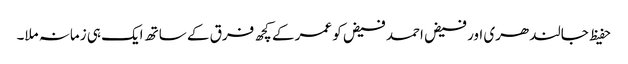
حفیظ جالندھری اور فیض احمد فیض کو عمر کے کچھ فرق کے ساتھ ایک ہی زمانہ ملا۔